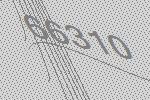
66310